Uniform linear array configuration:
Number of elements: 64
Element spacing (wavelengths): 0.5
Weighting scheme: uniform
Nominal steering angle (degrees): -60
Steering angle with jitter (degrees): -61.955
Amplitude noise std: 0.05
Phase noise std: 0.05

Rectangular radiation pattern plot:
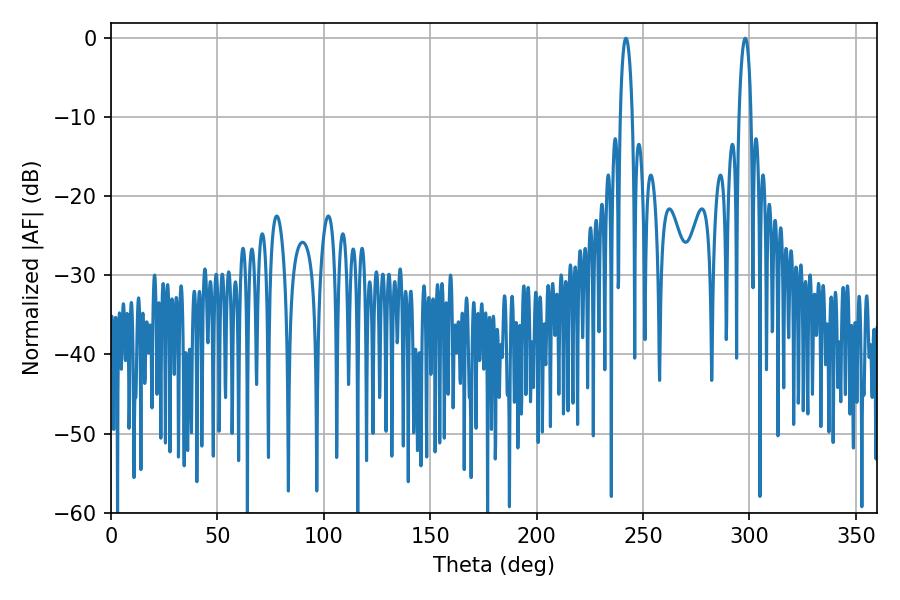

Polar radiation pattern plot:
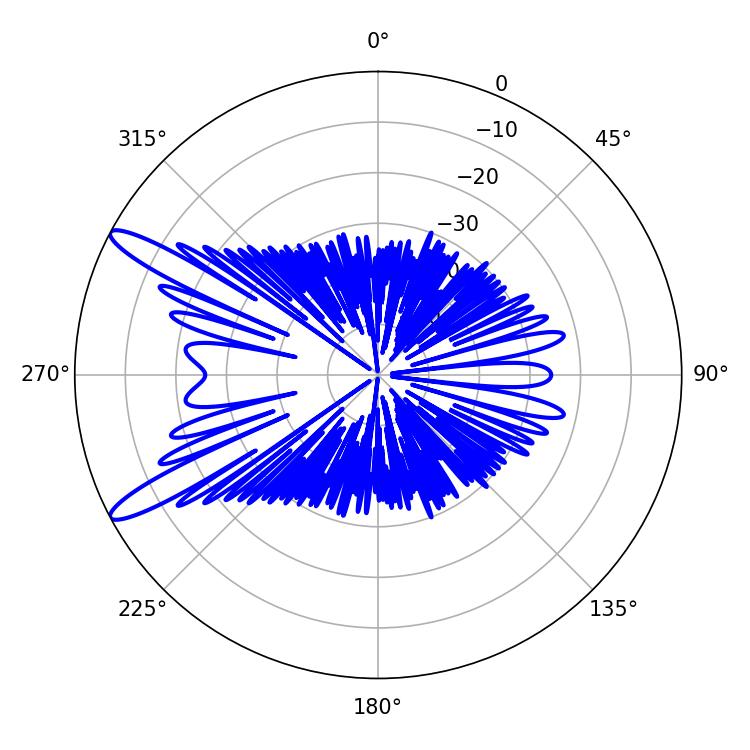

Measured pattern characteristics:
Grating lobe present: FALSE
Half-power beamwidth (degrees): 3.06
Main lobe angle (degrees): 241.92